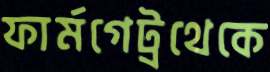
ফার্মগেট্রথেকে